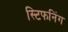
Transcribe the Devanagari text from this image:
स्टिफनिंग